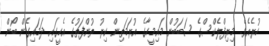
ހުރެއެވެ. މިރިފްލެކްސްގެ ސަބަބުން މައިމީހާގެ އުރަމަތިން ކިރު ތުންފަތުގެ އެހީގައި ދަމައިގެން ބޯން